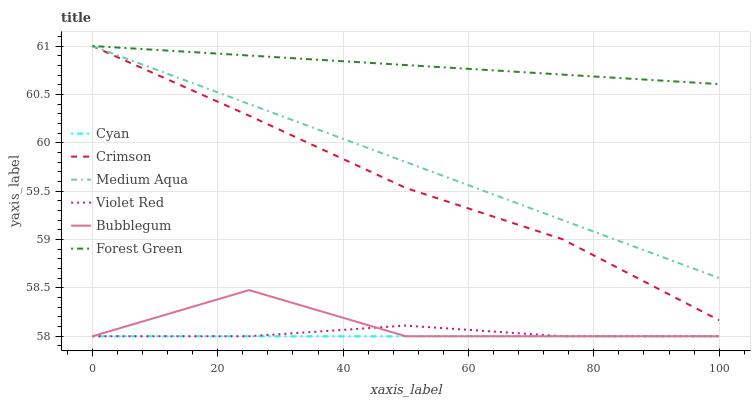
| xaxis_label | Cyan | Crimson | Medium Aqua | Violet Red | Bubblegum | Forest Green |
 | --- | --- | --- | --- | --- | --- | --- |
 | 0 | 58 | 61 | 61 | 58 | 58 | 61 |
 | 25 | 58 | 60.3 | 60.4 | 58 | 58.5 | 60.9 |
 | 50 | 58 | 59.5 | 59.8 | 58.1 | 58 | 60.8 |
 | 75 | 58 | 59 | 59.2 | 58 | 58 | 60.7 |
 | 100 | 58 | 58.2 | 58.6 | 58 | 58 | 60.6 |